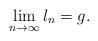
LaTeX: \begin{align*} \lim_{n\rightarrow \infty} l_n=g.\end{align*}